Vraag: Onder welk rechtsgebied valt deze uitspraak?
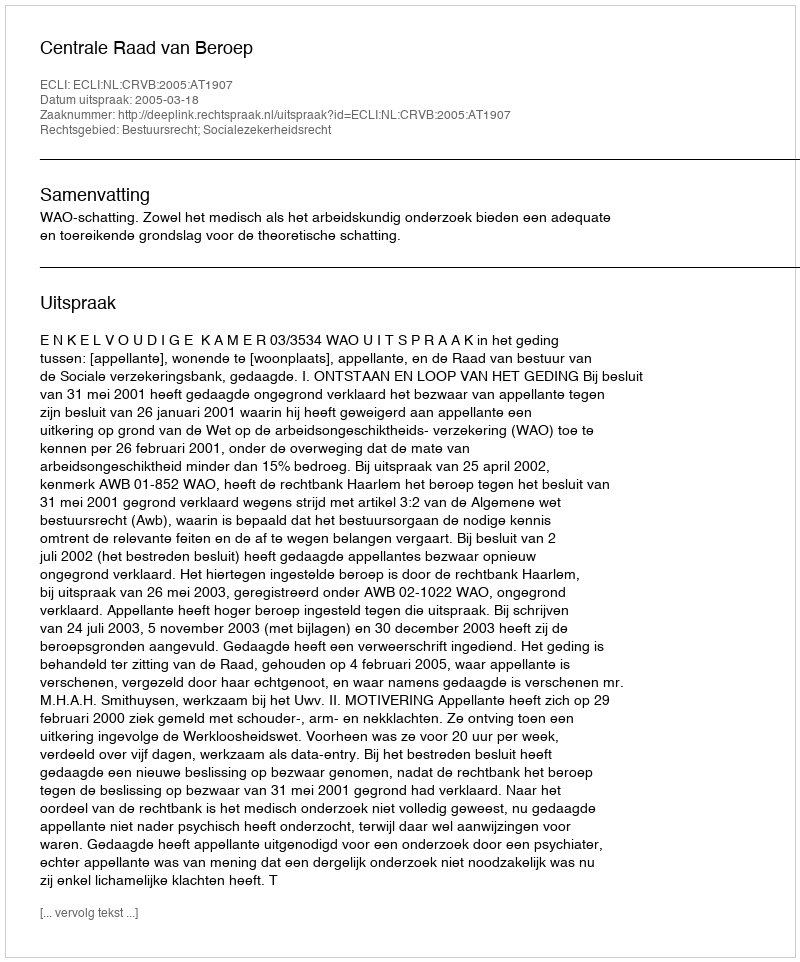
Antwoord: Bestuursrecht; Socialezekerheidsrecht